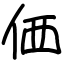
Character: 価